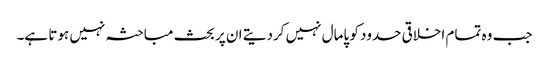
جب وہ تمام اخلاقی حدود کو پامال نہیں کردیتے ان پر بحث مباحثہ نہیں ہوتا ہے۔